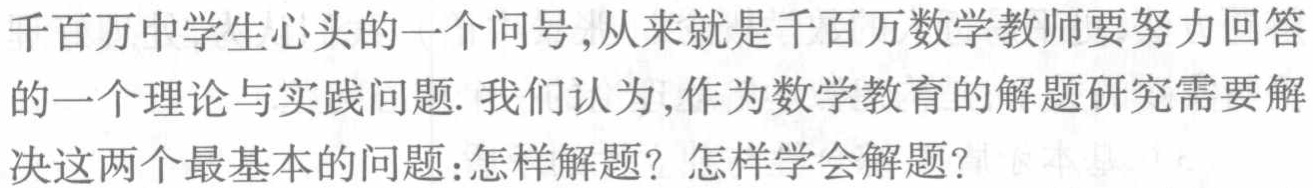
千百万中学生心头的一个问号,从来就是千百万数学教师要努力回答的一个理论与实践问题. 我们认为,作为数学教育的解题研究需要解决这两个最基本的问题：怎样解题？怎样学会解题？